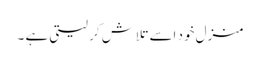
منزل خود اسے تلاش کر لیتی ہے ۔